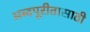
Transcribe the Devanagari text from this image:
अब्दपूरीतासाठी